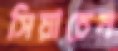
সিয়াচেন